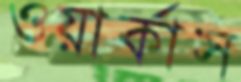
ওয়ার্কাস